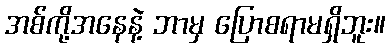
အစ်ကို့အနေနဲ့ ဘာမှ ပြောစရာမရှိဘူး။